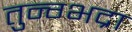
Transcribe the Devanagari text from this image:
तुन्ग्भद्रा